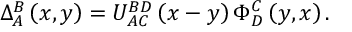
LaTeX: \Delta _ { A } ^ { B } \left( x , y \right) = U _ { A C } ^ { B D } \left( x - y \right) \Phi _ { D } ^ { C } \left( y , x \right) .